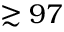
\gtrsim 9 7